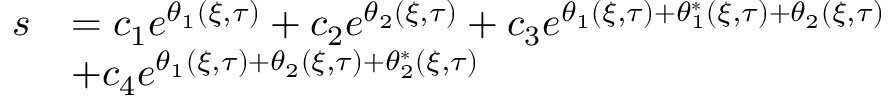
\begin{array} { r l } { s } & { = c _ { 1 } e ^ { \theta _ { 1 } ( \xi , \tau ) } + c _ { 2 } e ^ { \theta _ { 2 } ( \xi , \tau ) } + c _ { 3 } e ^ { \theta _ { 1 } ( \xi , \tau ) + \theta _ { 1 } ^ { * } ( \xi , \tau ) + \theta _ { 2 } ( \xi , \tau ) } } \\ & { + c _ { 4 } e ^ { \theta _ { 1 } ( \xi , \tau ) + \theta _ { 2 } ( \xi , \tau ) + \theta _ { 2 } ^ { * } ( \xi , \tau ) } } \end{array}